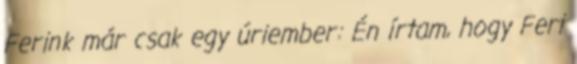
Ferink már csak egy úriember: Én írtam, hogy Feri